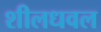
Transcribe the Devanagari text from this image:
शीलधवल